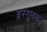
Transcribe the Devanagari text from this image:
हरसूवरून